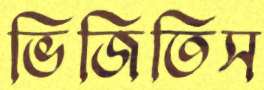
ভিজিতিস